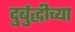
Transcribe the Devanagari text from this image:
दुर्बुद्धीच्या